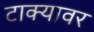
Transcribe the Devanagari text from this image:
टाक्यावर